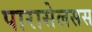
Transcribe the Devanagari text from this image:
पारासेलसस